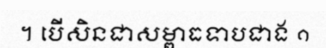
។ បើសិនជាសម្ពាធទាបជាង ១